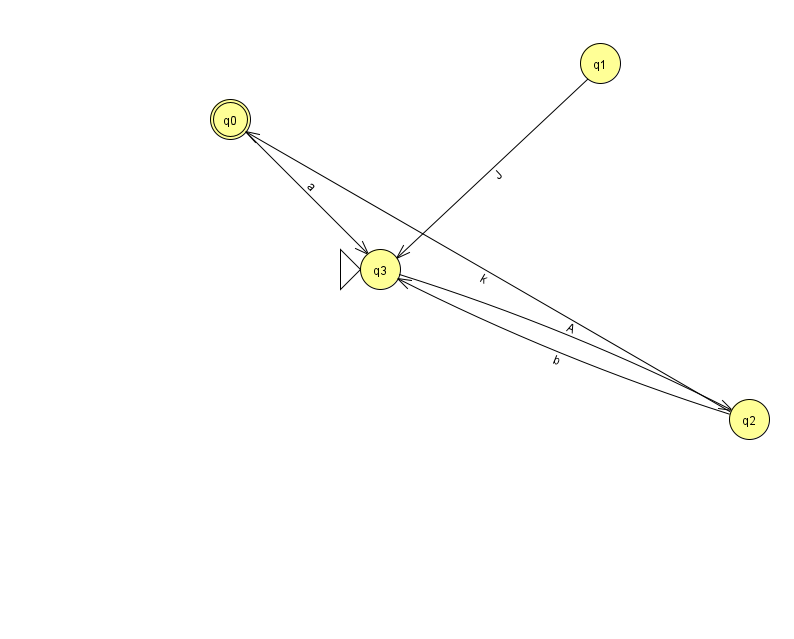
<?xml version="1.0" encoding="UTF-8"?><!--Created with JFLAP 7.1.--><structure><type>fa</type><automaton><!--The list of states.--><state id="0" name="q0"><x>230.0</x><y>106.0</y><final/></state><state id="1" name="q1"><x>600.0</x><y>50.0</y></state><state id="2" name="q2"><x>749.0</x><y>406.0</y></state><state id="3" name="q3"><x>380.0</x><y>256.0</y><initial/></state><!--The list of transitions.--><transition><from>1</from><to>3</to><read>J</read></transition><transition><from>3</from><to>2</to><read>A</read></transition><transition><from>2</from><to>0</to><read>k</read></transition><transition><from>2</from><to>3</to><read>b</read></transition><transition><from>0</from><to>3</to><read>a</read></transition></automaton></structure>